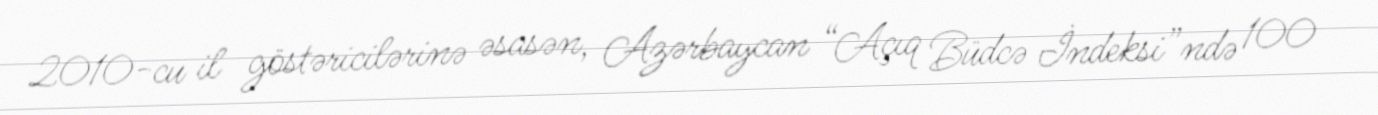
2010-cu il göstəricilərinə əsasən, Azərbaycan “Açıq Büdcə İndeksi”ndə 100